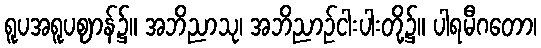
ရူပအရူပဈာန်၌။ အဘိညာသု၊ အဘိညာဉ်ငါးပါးတို့၌။ ပါရမီဂတော၊